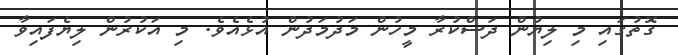
ގޮތުގައި މި ލިޔުން ދަސްކުރާ މީހުން މަދުމަދުން އުޅެއެވެ. މި އަކުރުން ލިޔެފައިވާ